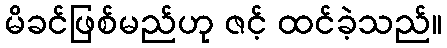
မိခင်ဖြစ်မည်ဟု ဇင့် ထင်ခဲ့သည်။